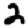
Digit: 2